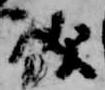
儀